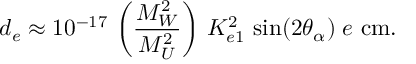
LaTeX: d _ { e } \approx 1 0 ^ { - 1 7 } \, \left( \frac { M _ { W } ^ { 2 } } { M _ { U } ^ { 2 } } \right) \, { \cal K } _ { e 1 } ^ { 2 } \, \sin ( 2 \theta _ { \alpha } ) \; e \, \mathrm { \, c m } .